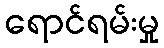
ရောင်ရမ်းမှု